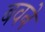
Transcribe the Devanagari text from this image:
बवने